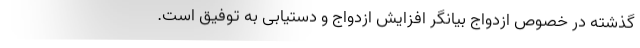
گذشته در خصوص ازدواج بیانگر افزایش ازدواج و دستیابی به توفیق است.